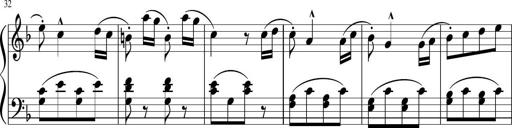
Title: 3 Sonatinen
Composer: Heinrich Lichner